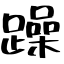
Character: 躁